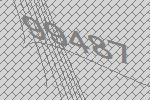
99487